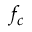
f _ { c }